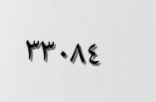
٣٣٠٨٤